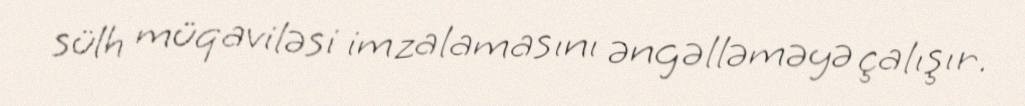
sülh müqaviləsi imzalamasını əngəlləməyə çalışır.